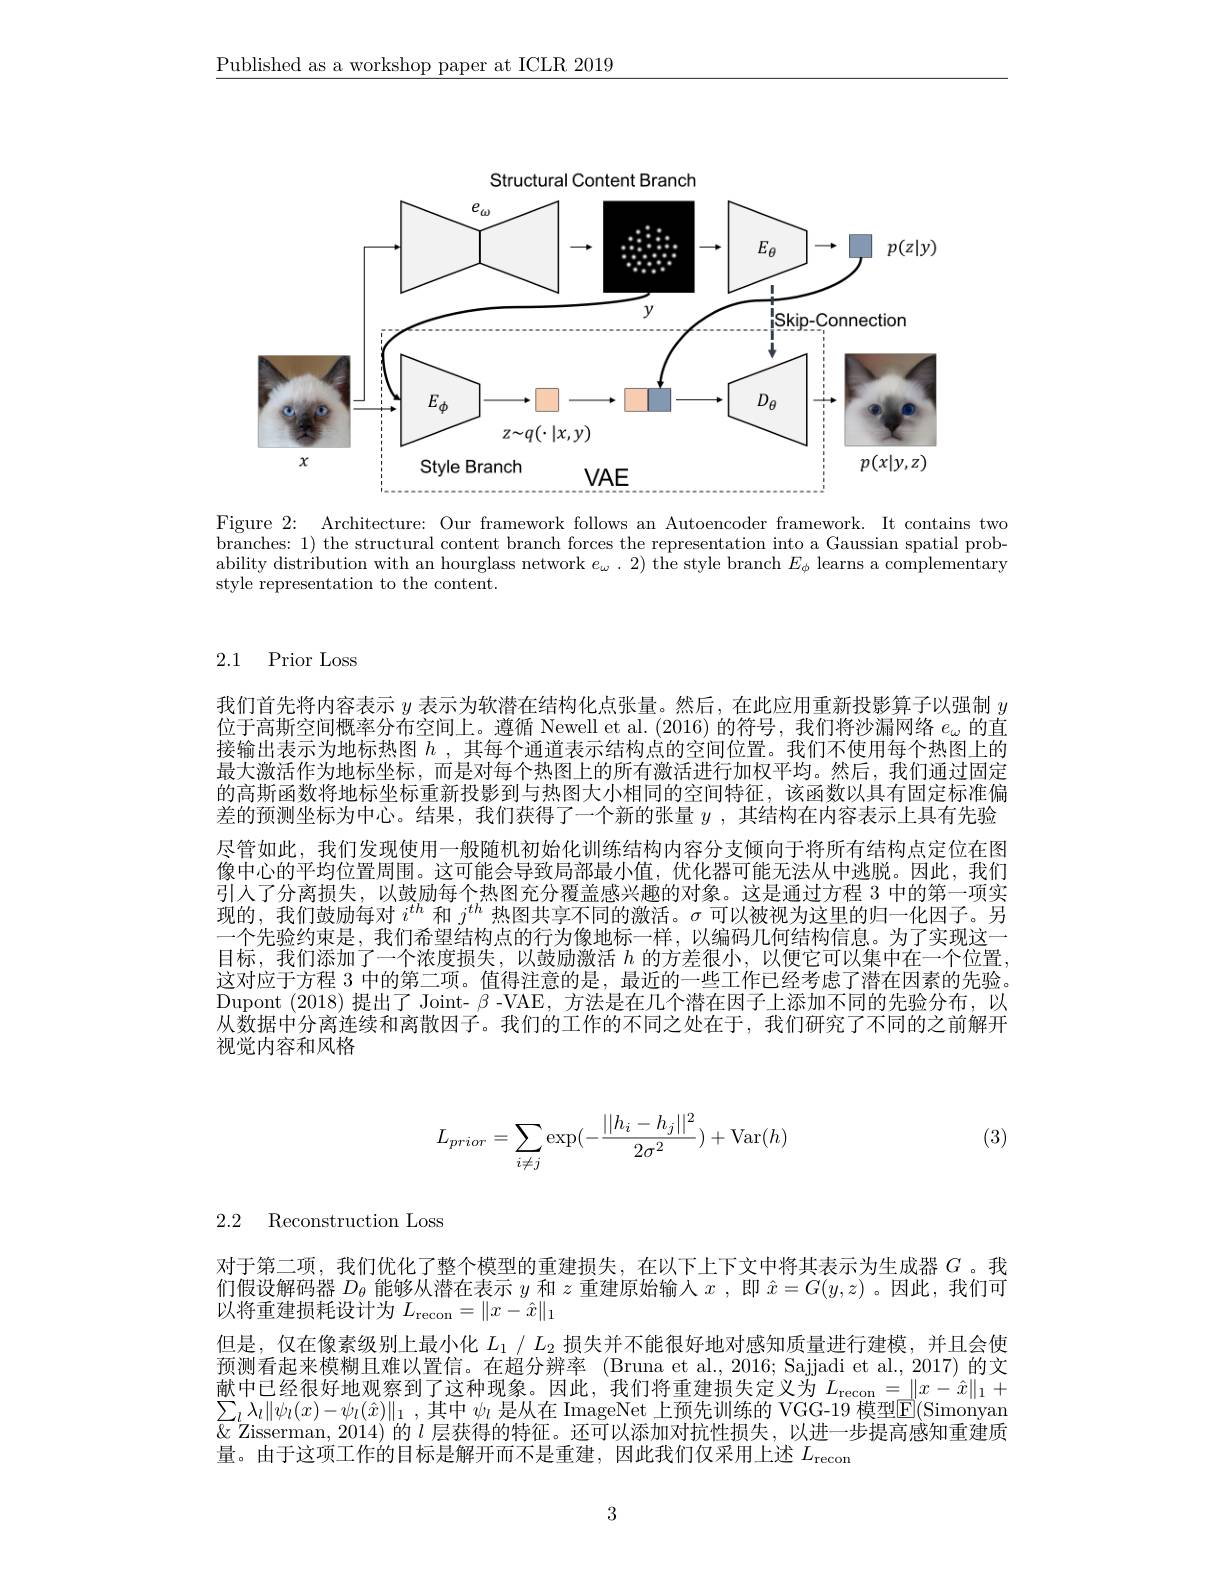
$\underline{\text{Published as a workshop paper at ICLR 2019}}$

<FigureHere>

Figure 2: Architecture: Our framework follows an Autoencoder framework. It contains two $\bar{\text{branches: }1})$ the structural content branch forces the representation into a Gaussian spatial probability distribution with an hourglass network $e_\omega.2)$ the style branch $E_\phi$ learns a complementary style representation to the content.

### 2.1 Prior Loss

我们首先将内容表示$y$表示为软潜在结构化点张量。然后，在此应用重新投影算子以强制$y$ 位于高斯空间概率分布空间上。遵循 Newell et al. (2016) 的符号，我们将沙漏网络$e_\mathrm{\omega}$的直接输出表示为地标热图$h$ , 其每个通道表示结构点的空间位置。我们不使用每个热图上的最大激活作为地标坐标，而是对每个热图上的所有激活进行加权平均。然后，我们通过固定的高斯函数将地标坐标重新投影到与热图大小相同的空间特征，该函数以具有固定标准偏差的预测坐标为中心。结果，我们获得了一个新的张量$y$ ,其结构在内容表示上具有先验尽管如此，我们发现使用一般随机初始化训练结构内容分支倾向于将所有结构点定位在图像中心的平均位置周围。这可能会导致局部最小值，优化器可能无法从中逃脱。因此，我们引人了分离损失，以鼓励每个热图充分覆盖感兴趣的对象。这是通过方程 3 中的第一项实现的，我们鼓励每对$i^{th}$和$j^{th}$热图共享不同的激活。$\sigma$可以被视为这里的归一化因子。另一个先验约束是，我们希望结构点的行为像地标一样，以编码几何结构信息。为了实现这一目标，我们添加了一个浓度损失，以鼓励激活$h$的方差很小，以便它可以集中在一个位置这对应于方程 3 中的第二项。值得注意的是，最近的一些工作已经考虑了潜在因素的先验。Dupont (2018) 提出了 Joint- $\beta$ -VAE, 方法是在几个潜在因子上添加不同的先验分布，以从数据中分离连续和离散因子。我们的工作的不同之处在于，我们研究了不同的之前解开视觉内容和风格
$$\begin{aligned}L_{prior}=\sum_{i\neq j}\exp(-\frac{||h_i-h_j||^2}{2\sigma^2})+\operatorname{Var}(h)\end{aligned}$$
(3)

2.2 Reconstruction Loss

对于第二项，我们优化了整个模型的重建损失，在以下上下文中将其表示为生成器$G$ 。我们假设解码器$D_\theta$能够从潜在表示$y$和$z$重建原始输人$x$ ,即$\hat{x}=G(y,z)$ 。因此，我们可以将重建损耗设计为$L_\mathrm{recon}=\|x-\hat{x}\|_1$
但是，仅在像素级别上最小化$L_1/L_2$损失并不能很好地对感知质量进行建模，并且会使预测看起来模糊且难以置信。在超分辨率 (Bruna et al.,2016; Sajjadi et al., 2017) 的文献中已经很好地观察到了这种现象。因此，我们将重建损失定义为$L_\mathrm{recon}=\|x-\hat{x}\|_1+$ $\sum _{l}\lambda _{l}\| \psi _{l}( x) - \psi _{l}( \hat{x} ) \| _{1}$ ,其中 $\psi_l$ 是从在 ImageNet 上预先训练的 VGG-19 模型$\overline{\mathbb{E}}($Simonyan $x^{\prime}$Zisserman,2014)的$l$ 层获得的特征。补可以添加对抗性损失，以开一步提高感知重建成量。由于这项工作的目标是解开而不是重建，因此我们仅采用上述$L_\mathrm{recon}$

3